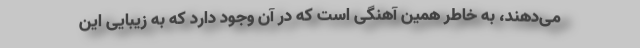
می‌دهند، به خاطر همین آهنگی است که در آن وجود دارد که به زیبایی این